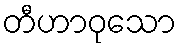
တီဟာဝုသော